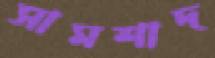
সামশাদ